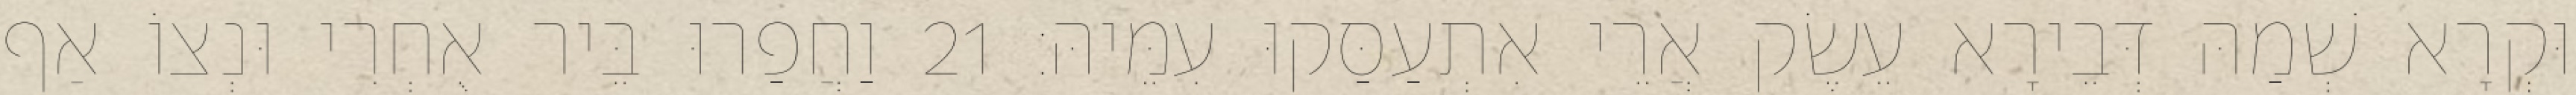
וּקְרָא שְׁמַהּ דְּבֵירָא עֵשֶׂק אֲרֵי אִתְעַסַּקוּ עִמֵּיהּ׃ 21 וַחֲפַרוּ בֵּיר אֻחְרִי וּנְצוֹ אַף